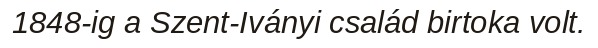
1848-ig a Szent-Iványi család birtoka volt.